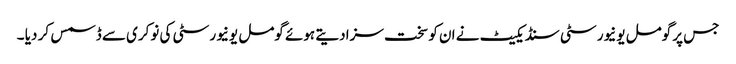
جس پر گومل یونیورسٹی سنڈیکیٹ نے ان کو سخت سزا دیتے ہوئے گومل یونیورسٹی کی نوکری سے ڈسمس کر دیا ۔